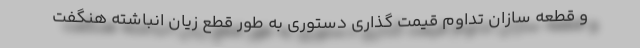
و قطعه سازان تداوم قیمت گذاری دستوری به طور قطع زیان انباشته هنگفت